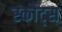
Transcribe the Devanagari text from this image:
स्कौट्स